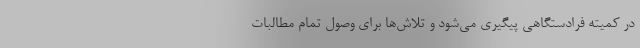
در کمیته فرادستگاهی پیگیری می‌شود و تلاش‌ها برای وصول تمام مطالبات